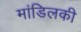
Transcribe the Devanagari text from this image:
मांडिलकी